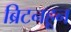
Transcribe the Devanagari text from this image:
ब्रिटनहून